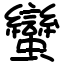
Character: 蠻